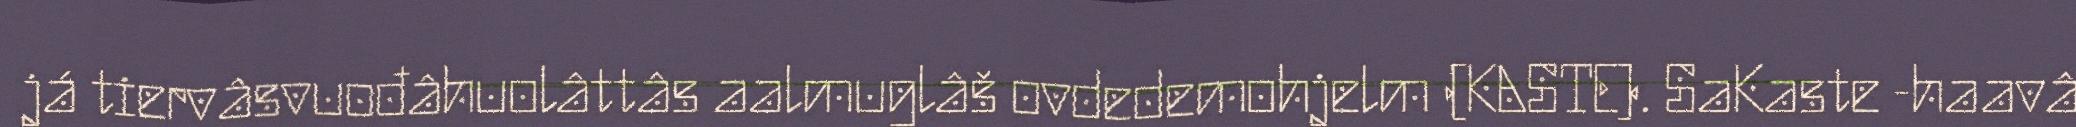
já tiervâsvuođâhuolâttâs aalmuglâš ovdedemohjelm (KASTE). SaKaste -haavâ